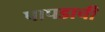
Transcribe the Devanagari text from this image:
पापडाची